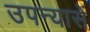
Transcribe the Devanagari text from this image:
उपन्यासें